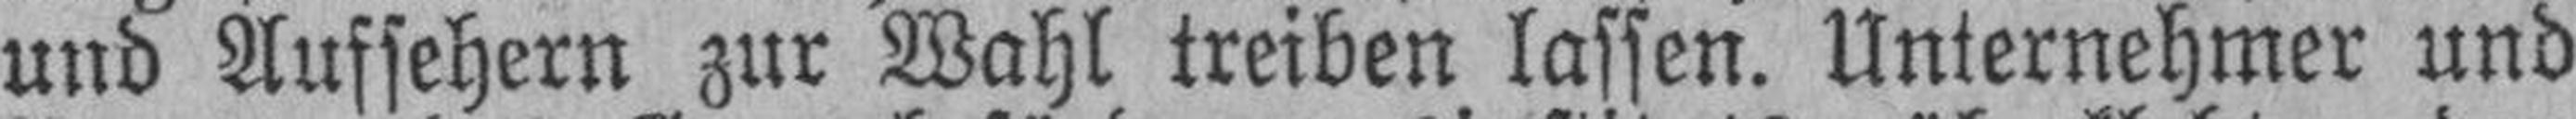
und Aufsehern zur Wahl treiben lassen. Unternehmer und